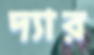
দ্যার